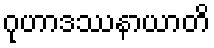
ဂုဟာဒဿနာယာတိ